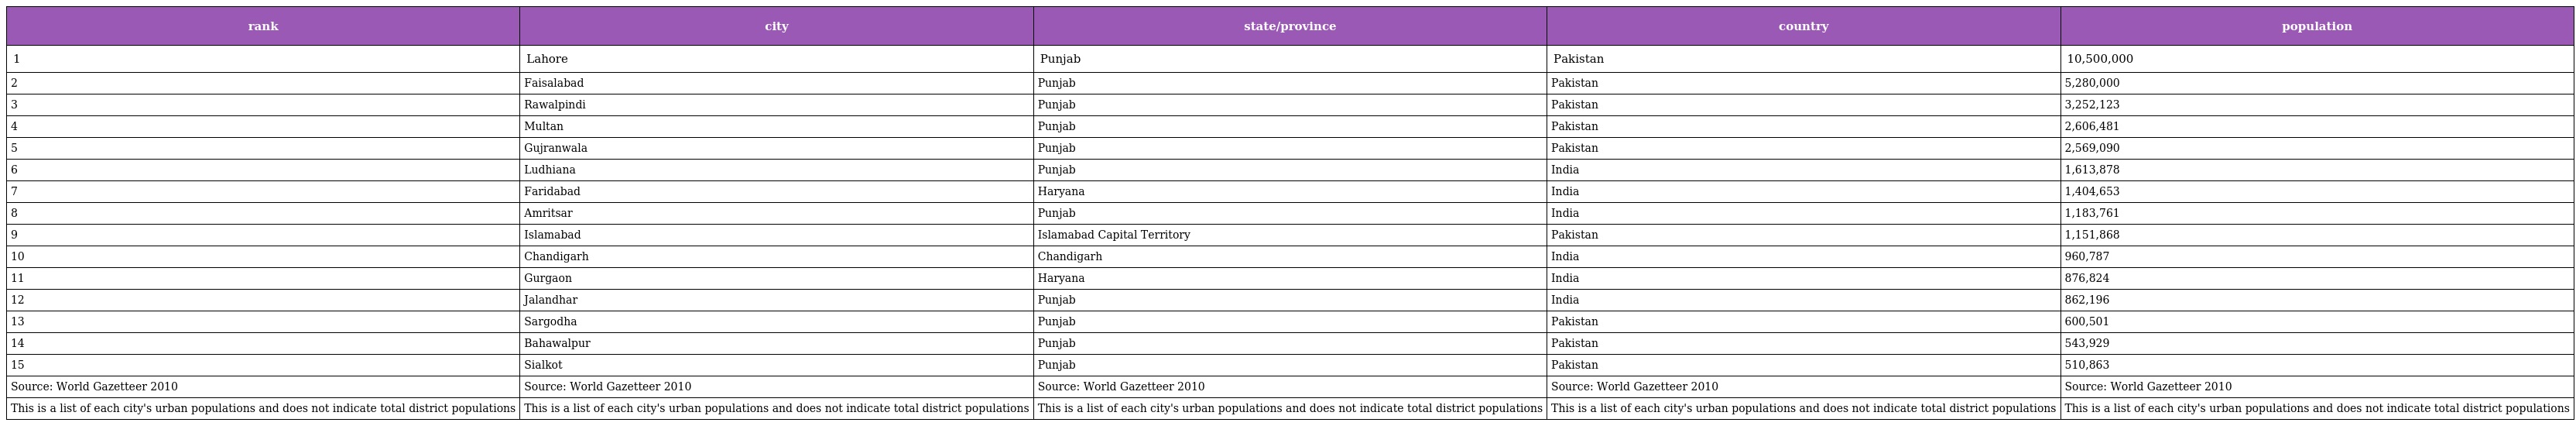
| rank | city | state/province | country | population |
 | --- | --- | --- | --- | --- |
 | 1 | Lahore | Punjab | Pakistan | 10,500,000 |
 | 2 | Faisalabad | Punjab | Pakistan | 5,280,000 |
 | 3 | Rawalpindi | Punjab | Pakistan | 3,252,123 |
 | 4 | Multan | Punjab | Pakistan | 2,606,481 |
 | 5 | Gujranwala | Punjab | Pakistan | 2,569,090 |
 | 6 | Ludhiana | Punjab | India | 1,613,878 |
 | 7 | Faridabad | Haryana | India | 1,404,653 |
 | 8 | Amritsar | Punjab | India | 1,183,761 |
 | 9 | Islamabad | Islamabad Capital Territory | Pakistan | 1,151,868 |
 | 10 | Chandigarh | Chandigarh | India | 960,787 |
 | 11 | Gurgaon | Haryana | India | 876,824 |
 | 12 | Jalandhar | Punjab | India | 862,196 |
 | 13 | Sargodha | Punjab | Pakistan | 600,501 |
 | 14 | Bahawalpur | Punjab | Pakistan | 543,929 |
 | 15 | Sialkot | Punjab | Pakistan | 510,863 |
 | Source: World Gazetteer 2010 | Source: World Gazetteer 2010 | Source: World Gazetteer 2010 | Source: World Gazetteer 2010 | Source: World Gazetteer 2010 |
 | This is a list of each city's urban populations and does not indicate total district populations | This is a list of each city's urban populations and does not indicate total district populations | This is a list of each city's urban populations and does not indicate total district populations | This is a list of each city's urban populations and does not indicate total district populations | This is a list of each city's urban populations and does not indicate total district populations |